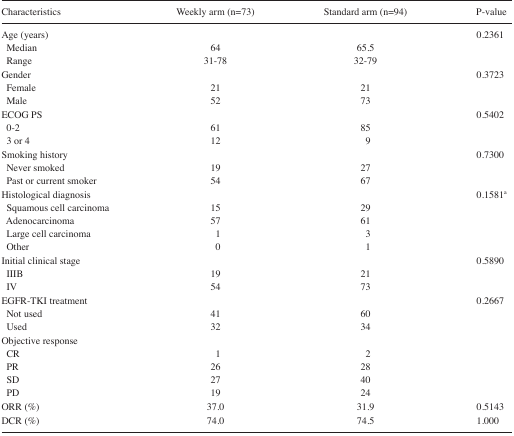
<table><thead><tr><td><b>Characteristics</b></td><td><b>Weekly arm (n=73)</b></td><td><b>Standard arm (n=94)</b></td><td><b>P-value</b></td></tr></thead><tbody><tr><td>Age (years)</td><td></td><td></td><td>0.2361</td></tr><tr><td>Median</td><td>64</td><td>65.5</td><td></td></tr><tr><td>Range</td><td>31–78</td><td>32–79</td><td></td></tr><tr><td>Gender</td><td></td><td></td><td>0.3723</td></tr><tr><td>Female</td><td>21</td><td>21</td><td></td></tr><tr><td>Male</td><td>52</td><td>73</td><td></td></tr><tr><td>ECOG PS</td><td></td><td></td><td>0.5402</td></tr><tr><td>0–2</td><td>61</td><td>85</td><td></td></tr><tr><td>3 or 4</td><td>12</td><td>9</td><td></td></tr><tr><td>Smoking history</td><td></td><td></td><td>0.7300</td></tr><tr><td>Never smoked</td><td>19</td><td>27</td><td></td></tr><tr><td>Past or current smoker</td><td>54</td><td>67</td><td></td></tr><tr><td>Histological diagnosis</td><td></td><td></td><td>0.1581<sup>a</sup></td></tr><tr><td>Squamous cell carcinoma</td><td>15</td><td>29</td><td></td></tr><tr><td>Adenocarcinoma</td><td>57</td><td>61</td><td></td></tr><tr><td>Large cell carcinoma</td><td>1</td><td>3</td><td></td></tr><tr><td>Other</td><td>0</td><td>1</td><td></td></tr><tr><td>Initial clinical stage</td><td></td><td></td><td>0.5890</td></tr><tr><td>IIIB</td><td>19</td><td>21</td><td></td></tr><tr><td>IV</td><td>54</td><td>73</td><td></td></tr><tr><td>EGFR-TKI treatment</td><td></td><td></td><td>0.2667</td></tr><tr><td>Not used</td><td>41</td><td>60</td><td></td></tr><tr><td>Used</td><td>32</td><td>34</td><td></td></tr><tr><td>Objective response</td><td></td><td></td><td></td></tr><tr><td>CR</td><td>1</td><td>2</td><td></td></tr><tr><td>PR</td><td>26</td><td>28</td><td></td></tr><tr><td>SD</td><td>27</td><td>40</td><td></td></tr><tr><td>PD</td><td>19</td><td>24</td><td></td></tr><tr><td>ORR (%)</td><td>37.0</td><td>31.9</td><td>0.5143</td></tr><tr><td>DCR (%)</td><td>74.0</td><td>74.5</td><td>1.000</td></tr></tbody></table>